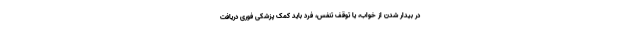
در بیدار شدن از خواب، یا توقف تنفس، فرد باید کمک پزشکی فوری دریافت